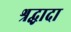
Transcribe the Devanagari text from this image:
श्रद्धादा